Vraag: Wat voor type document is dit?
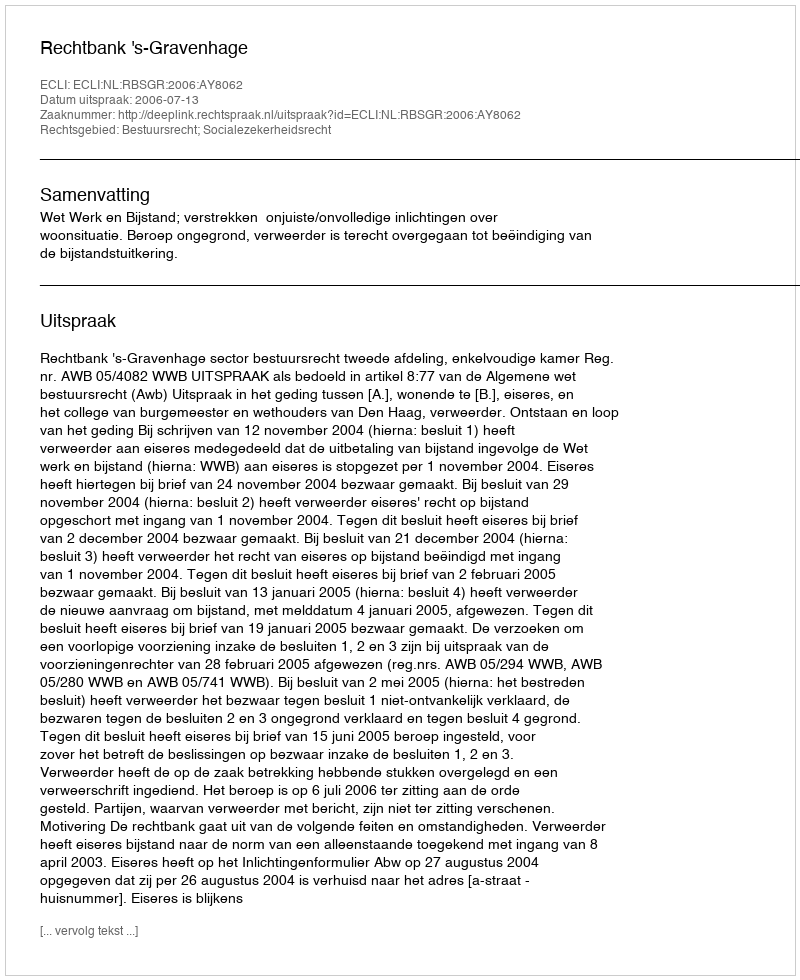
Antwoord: Uitspraak